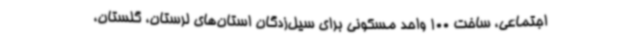
اجتماعی، ساخت 100 واحد مسکونی برای سیل‌زدگان استان‌های لرستان، گلستان،